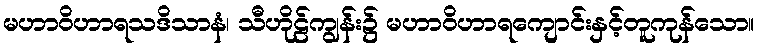
မဟာဝိဟာရသဒိသာနံ၊ သီဟိုဠ်ကျွန်း၌ မဟာဝိဟာရကျောင်းနှင့်တူကုန်သော။